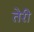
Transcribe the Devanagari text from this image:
तेेरी